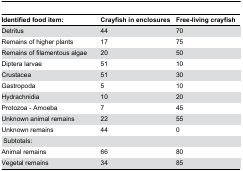
| Identified food item: | Crayfish in enclosures | Free-living crayfish |
 | --- | --- | --- |
 | Detritus | 44 | 70 |
 | Remains of higher plants | 17 | 75 |
 | Remains of filamentous algae | 20 | 50 |
 | Diptera larvae | 51 | 10 |
 | Crustacea | 51 | 30 |
 | Gastropoda | 5 | 10 |
 | Hydrachnidia | 10 | 20 |
 | Protozoa - Amoeba | 7 | 45 |
 | Unknown animal remains | 22 | 55 |
 | Unknown remains | 44 | 0 |
 | Subtotals: |  |  |
 | Animal remains | 66 | 80 |
 | Vegetal remains | 34 | 85 |